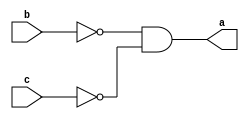
module nor_gate(a,b,c);
input b,c;
output a;
wire x,z,y;
nand(x,b,b);
nand(z,c,c);
nand(y,x,z);
nand(a,y,y);
endmodule